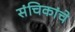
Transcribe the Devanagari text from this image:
संचिकांचे